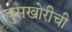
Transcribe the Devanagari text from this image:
घुसखोरीची